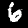
Digit: 6